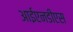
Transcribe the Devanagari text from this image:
आईएनडीएस